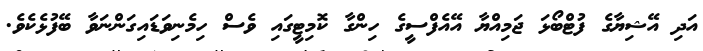
އަދި އޭޝިޔާގެ ފުޓްބޯޅަ ޖަމިއްޔާ އޭއެފްސީގެ ހިންގާ ކޮމިޓީގައި ވެސް ހިމެނިވަޑައިގަންނަވާ ބޭފުޅެކެވެ.